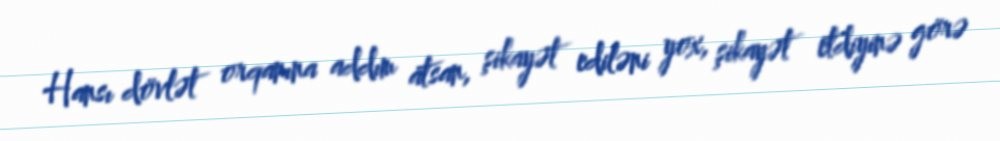
Hansı dövlət orqanına addım atsan, şikayət ediləni yox, şikayət etdiyinə görə